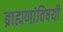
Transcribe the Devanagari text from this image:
ब्राह्मणांविषयी